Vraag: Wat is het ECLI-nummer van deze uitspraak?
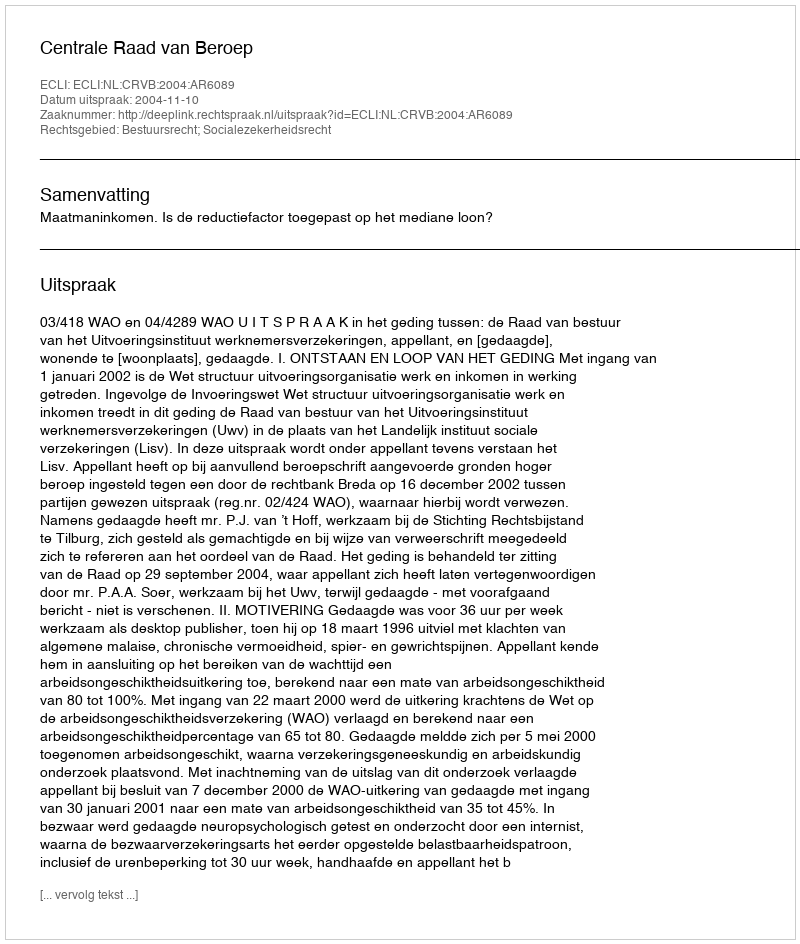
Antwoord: ECLI:NL:CRVB:2004:AR6089